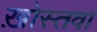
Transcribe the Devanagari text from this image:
ख़ोस्तवा